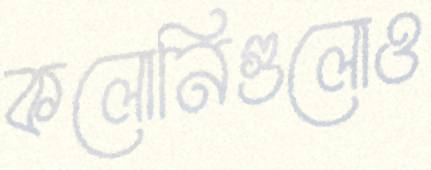
কলোনিগুলোও